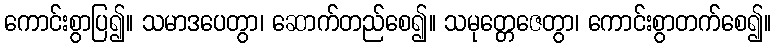
ကောင်းစွာပြ၍။ သမာဒပေတွာ၊ ဆောက်တည်စေ၍။ သမုတ္တေဇေတွာ၊ ကောင်းစွာတက်စေ၍။